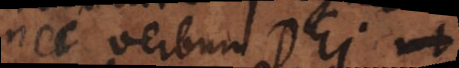
nec verbum Dei ut